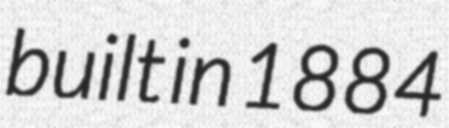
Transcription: built in 1884